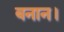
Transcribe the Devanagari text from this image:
बनान।